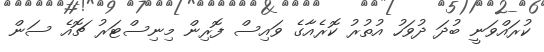
ކުރައްވަނީ ބުދަ ދުވަހު އުތުރު ކޮރެއާގެ ވައިސް ފޮރިން މިނިސްޓަރު ޗޮއެ ސަން